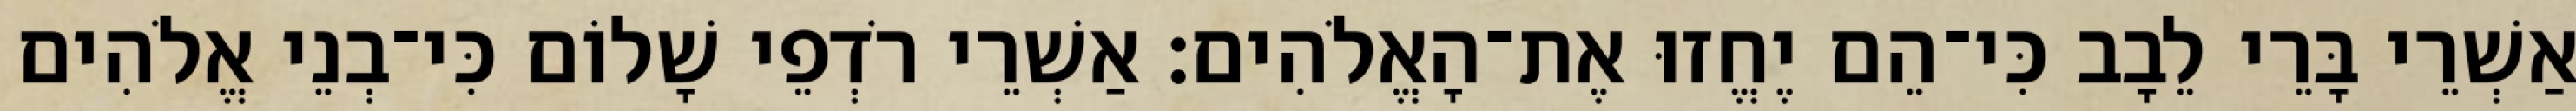
אַשְׁרֵי בָּרֵי לֵבָב כִּי־הֵם יֶחֱזוּ אֶת־הָאֱלֹהִים׃ אַשְׁרֵי רֹדְפֵי שָׁלוֹם כִּי־בְנֵי אֱלֹהִים